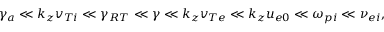
\gamma _ { a } \ll k _ { z } v _ { T i } \ll \gamma _ { R T } \ll \gamma \ll k _ { z } v _ { T e } \ll k _ { z } u _ { e 0 } \ll \omega _ { p i } \ll \nu _ { e i } ,